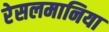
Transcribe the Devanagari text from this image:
रेसलमानिया